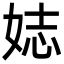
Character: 娡